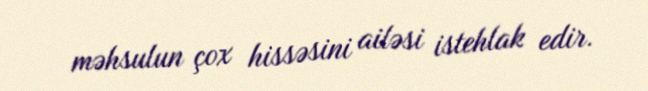
məhsulun çox hissəsini ailəsi istehlak edir.